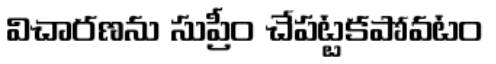
విచారణను సుప్రీం చేపట్టకపోవటం